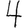
Digit: 4